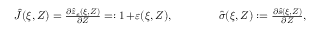
\begin{array} { r } { \hat { J } ( \xi , Z ) = \frac { \partial \hat { z } _ { e } ( \xi , Z ) } { \partial Z } = : 1 \! + \! \varepsilon ( \xi , Z ) , \qquad \qquad \hat { \sigma } ( \xi , Z ) : = \frac { \partial \hat { s } ( \xi , Z ) } { \partial Z } , } \end{array}